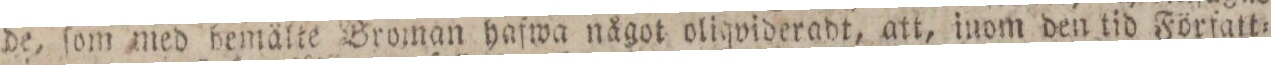
de, ſom med bemälte Broman hafwa något oliqvideradt, att, inom den tid Författ=